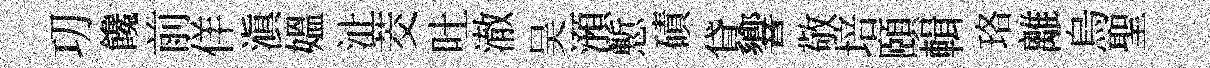
㓛饞前佯滇媪沚茭吐澈吴澦慙磧貸響敬培頤輯珞離烏聖